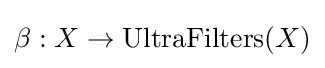
\beta :X\to \operatorname {UltraFilters} (X)